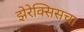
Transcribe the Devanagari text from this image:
झेरेक्सिसचा